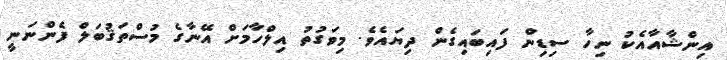
އިންޝާއާއެކު ނިހާ ސިޑިން ފައިބައިގެން ދިޔައެވެ. މިވަގުތު އިލްހާމަށް އޭނާގެ މުސްތަޤުބަލް ފެންނަނީ